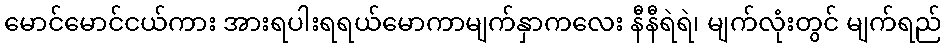
မောင်မောင်ငယ်ကား အားရပါးရရယ်မောကာမျက်နှာကလေး နီနီရဲရဲ၊ မျက်လုံးတွင် မျက်ရည်